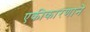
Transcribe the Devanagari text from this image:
एकीकारणाने